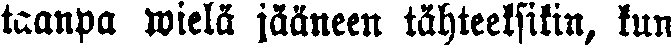
taanpa wielä jääneen tähteeksikin, kun